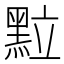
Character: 𮮖